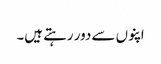
اپنوں سے دور رہتے ہیں۔